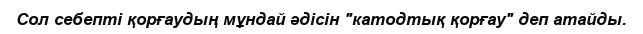
Сол себепті қорғаудың мұндай әдісін "катодтық қорғау" деп атайды.